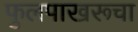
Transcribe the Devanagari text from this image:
फुलपाखरूचा